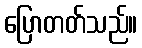
ပြောတတ်သည်။